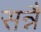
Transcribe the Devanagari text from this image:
सन्नै